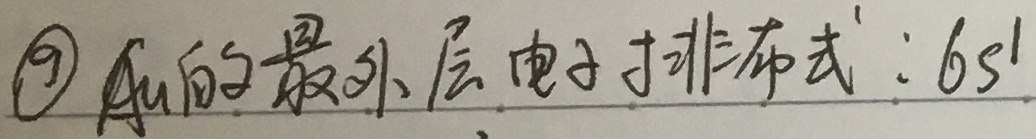
\textcircled{9} \(Au\)的最外层电子排布式：\(6s^{1}\)